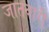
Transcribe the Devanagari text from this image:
जातवारी